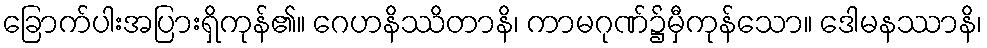
ခြောက်ပါးအပြားရှိကုန်၏။ ဂေဟနိဿိတာနိ၊ ကာမဂုဏ်၌မှီကုန်သော။ ဒေါမနဿာနိ၊